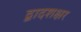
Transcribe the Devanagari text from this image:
द्वादशक्षर